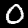
Label: 0